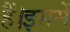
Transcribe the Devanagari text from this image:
हैं।इसमें